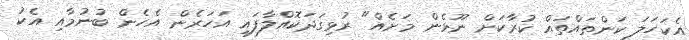
އެކަހަލަ ކަންތައްތައް ކުރާކަށް ނޫޅެން މަށެއް" ރުޅިގަދަކޮއްލާފައި އަހަރެން އެހެން ބުނުމާއި އެކު